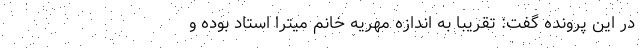
در این پرونده گفت: تقریبا به اندازه مهریه خانم میترا استاد بوده و